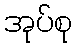
အုပ်စု